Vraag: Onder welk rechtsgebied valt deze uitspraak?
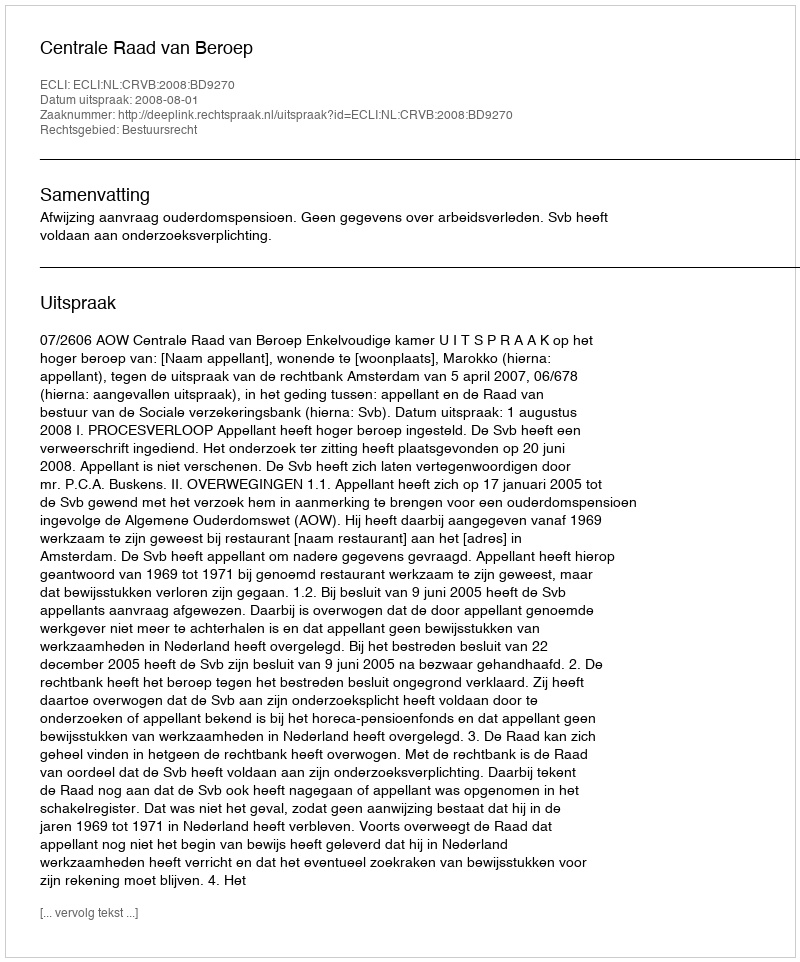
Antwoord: Bestuursrecht